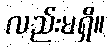
လည်းမရှိ။